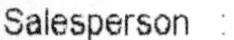
SALESPERSON :